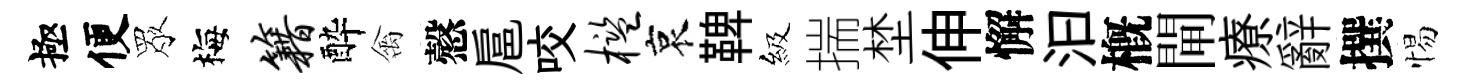
極便眾梅籍酔禽慤扈咬槛哀鞞級揣埜伸懈汩槪閘療辭撰惕